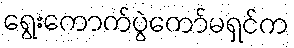
ရွေးကောက်ပွဲကော်မရှင်က